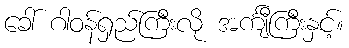
ခေါ် ဂါဝန်ရှည်ကြီးလို အင်္ကျီကြီးနှင့်။